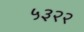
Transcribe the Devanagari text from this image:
५३२२